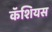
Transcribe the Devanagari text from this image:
कॅशियस